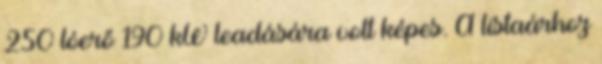
250 lóerő 190 kW leadására volt képes. A listaárhoz